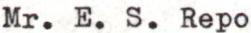
Mr. E.S. Repo